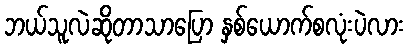
ဘယ်သူလဲဆိုတာသာပြော နှစ်ယောက်စလုံးပဲလား